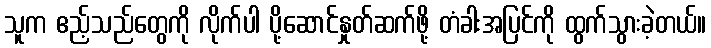
သူက ဧည့်သည်တွေကို လိုက်ပါ ပို့ဆောင်နှုတ်ဆက်ဖို့ တံခါးအပြင်ကို ထွက်သွားခဲ့တယ်။